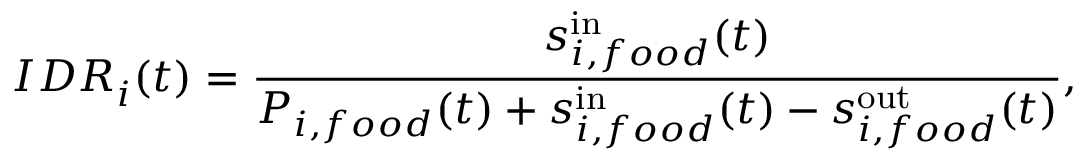
I D R _ { i } ^ { } ( t ) = \frac { s _ { i , f o o d } ^ { \mathrm { i n } } ( t ) } { P _ { i , f o o d } ( t ) + s _ { i , f o o d } ^ { \mathrm { i n } } ( t ) - s _ { i , f o o d } ^ { \mathrm { o u t } } ( t ) } ,